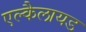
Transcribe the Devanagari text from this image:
एल्कैलायड